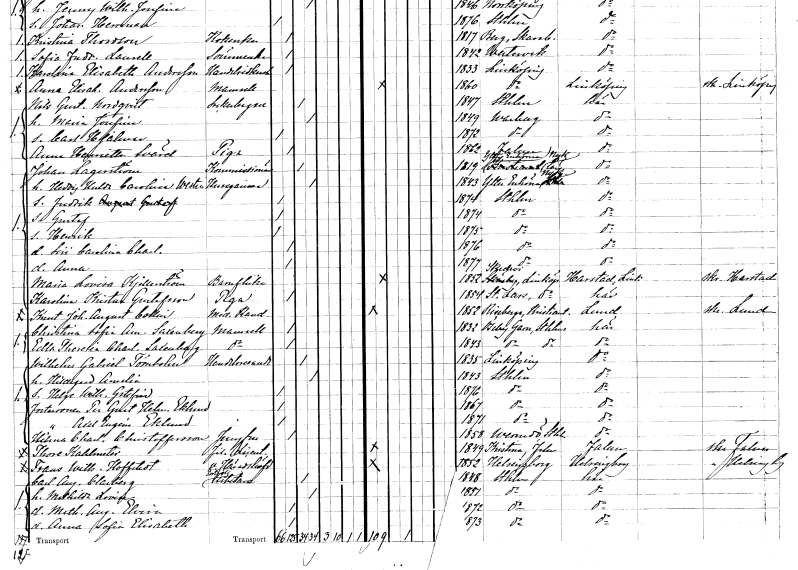
gt_parse: households: individuals: FN: Johan
EN: Lagerström
YRKE: Kommissionär
KON: M
CIV: G
FODAR: 1819
FODFORS: Ytterenhörna Stockholms län
FN: Hedvig Hulda Carolina
EN: Westin
YRKE: Husägarinna
KON: K
CIV: G
FODAR: 1843
FODFORS: Ytterenhörna Stockholms län
FN: Fredrik
KON: M
CIV: O
FODAR: 1874
FODFORS: Stockholm
FN: Gustaf
KON: M
CIV: O
FODAR: 1874
FODFORS: Stockholm
FN: Henrik
KON: M
CIV: O
FODAR: 1875
FODFORS: Stockholm
FN: Siri Carolina Charlotta
KON: K
CIV: O
FODAR: 1876
FODFORS: Stockholm
FN: Anna
KON: K
CIV: O
FODAR: 1877
FODFORS: Stockholm
FN: Maria Lovisa
EN: Kjellerström
YRKE: Barnflicka
KON: K
CIV: O
FODAR: 1852
FODFORS: Skedevi Östergötlands län
FN: Karolina Krista
EN: Gustafsson
YRKE: Piga
KON: K
CIV: O
FODAR: 1854
FODFORS: Linköpings Sankt Lars Östergötlands län
FN: Knut Johan August
EN: Collin
YRKE: Medicine kandidat
KON: M
CIV: O
FODAR: 1852
FODFORS: Riseberga Kristianstads län
FN: Christina Sofia Amalia
EN: Saxenberg
KON: K
CIV: O
FODAR: 1832
FODFORS: Össeby-Garn Stockholms län
FN: Edla Theresia Charlotta
EN: Saxenberg
KON: K
CIV: O
FODAR: 1843
FODFORS: Össeby-Garn Stockholms län
FN: Wilhelm Gabriel
EN: Törnbohm
YRKE: Handelsresande
KON: M
CIV: G
FODAR: 1835
FODFORS: Linköping Östergötlands län
FN: Hildegard Amalia
KON: K
CIV: G
FODAR: 1843
FODFORS: Stockholm
FN: Helge Wilhelm Gottfrid
KON: M
CIV: O
FODAR: 1876
FODFORS: Stockholm
FN: Per Gustaf Helmer
EN: Eklund
KON: M
CIV: O
FODAR: 1867
FODFORS: Stockholm
FN: Axel Eugen
EN: Eklund
KON: M
CIV: O
FODAR: 1871
FODFORS: Stockholm
FN: Hilma Charlotta
EN: Christoffersson
YRKE: Jungfru
KON: K
CIV: O
FODAR: 1858
FODFORS: Värmdö Stockholms län
FN: Thore
EN: Kahlmeter
YRKE: Fil. lic.
KON: M
CIV: O
FODAR: 1849
FODFORS: Falu Kristine Kopparbergs län
FN: Frans Wilhelm
EN: Hoffstedt
YRKE: Häradshövding vice
KON: M
CIV: O
FODAR: 1852
FODFORS: Helsingborg Malmöhus län
FN: Carl August
EN: Clarberg
YRKE: Portföljarbetare
KON: M
CIV: G
FODAR: 1848
FODFORS: Stockholm
FN: Mathilda Lovise
KON: K
CIV: G
FODAR: 1851
FODFORS: Stockholm
FN: Mathilda Augusta Elvira
KON: K
CIV: O
FODAR: 1872
FODFORS: Stockholm
FN: Anna Sofia Elisabeth
KON: K
CIV: O
FODAR: 1873
FODFORS: Stockholm